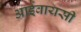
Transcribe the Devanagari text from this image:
आईवायसी